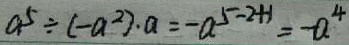
a ^ { 5 } \div ( - a ^ { 2 } ) \cdot a = - a ^ { 5 - 2 + 1 } = - a ^ { 4 }